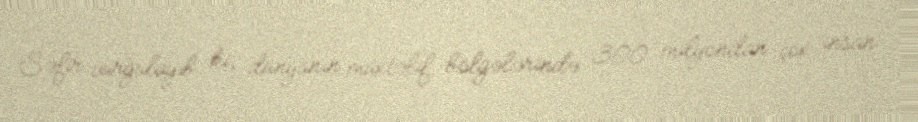
Səfir vurğulayıb ki, dünyanın müxtəlif bölgələrində 300 milyondan çox insan